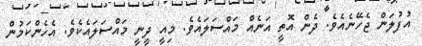
އުފުލަން ޖެހޭނެއެވެ. ދެން އޮތީ އަނެއް މައްސަލައެވެ. މިއީ ދީނީ މައްސަލައެކެވެ. އެހެންކަމުން